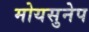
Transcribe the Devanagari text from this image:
मोयसुनेप